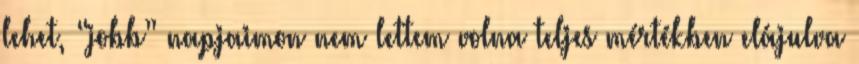
lehet, “jobb” napjaimon nem lettem volna teljes mértékben elájulva